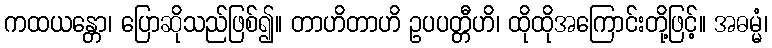
ကထယန္တော၊ ပြောဆိုသည်ဖြစ်၍။ တာဟိတာဟိ ဥပပတ္တီဟိ၊ ထိုထိုအကြောင်းတို့ဖြင့်။ အဓမ္မံ၊